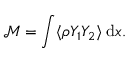
\mathcal { M } = \int \langle \rho Y _ { 1 } Y _ { 2 } \rangle \: \mathrm { d } x .